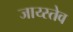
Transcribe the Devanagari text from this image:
जाय्स्तेव